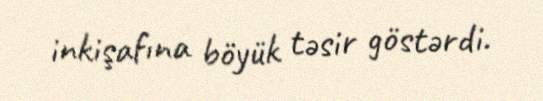
inkişafına böyük təsir göstərdi.